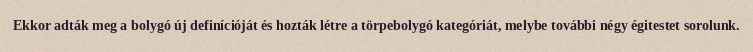
Ekkor adták meg a bolygó új definícióját és hozták létre a törpebolygó kategóriát, melybe további négy égitestet sorolunk.